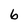
Character: 6